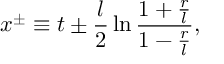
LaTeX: x ^ { \pm } \equiv t \pm \frac { l } { 2 } \ln \frac { 1 + \frac { r } { l } } { 1 - \frac { r } { l } } ,